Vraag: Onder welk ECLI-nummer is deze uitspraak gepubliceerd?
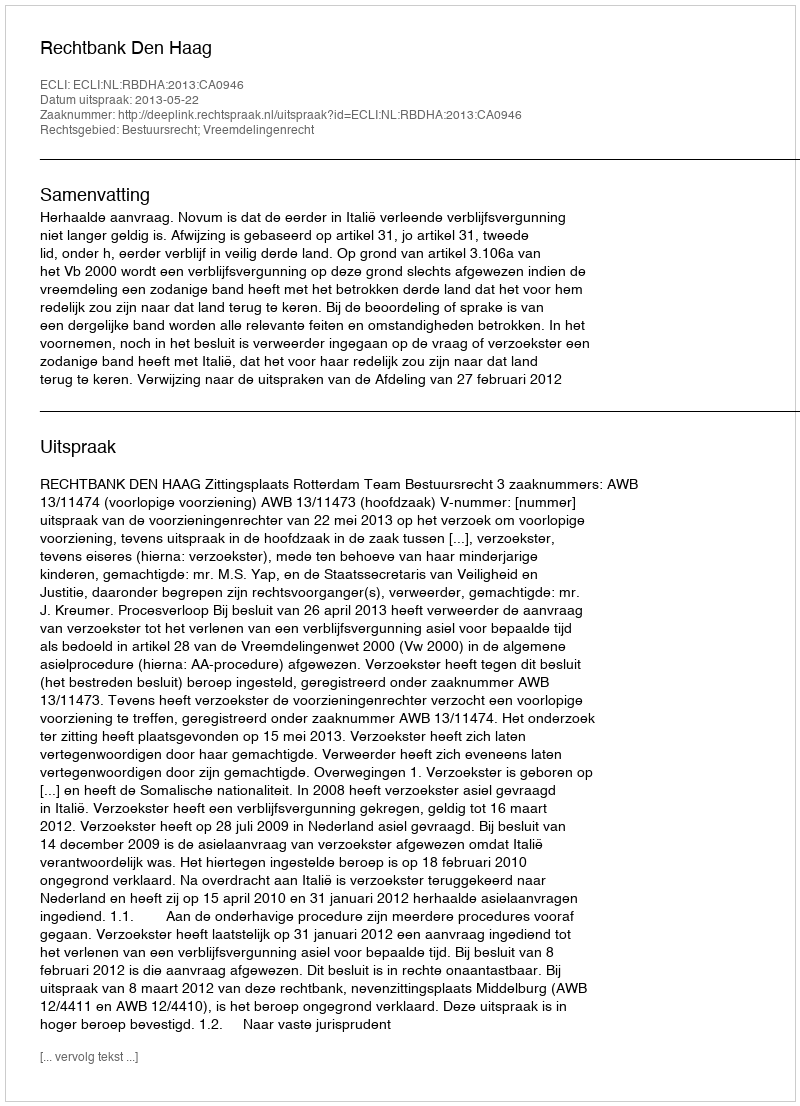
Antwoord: ECLI:NL:RBDHA:2013:CA0946